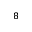
^ { 8 }